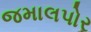
જમાલપોર